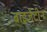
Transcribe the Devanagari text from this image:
बाइजेंटीन